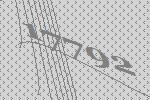
17792